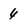
Character: 4